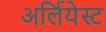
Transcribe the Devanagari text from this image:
अर्लियेस्ट